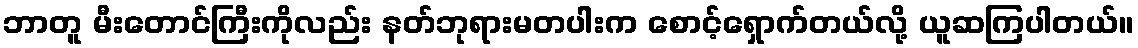
ဘာတူ မီးတောင်ကြီးကိုလည်း နတ်ဘုရားမတပါးက စောင့်ရှောက်တယ်လို့ ယူဆကြပါတယ်။